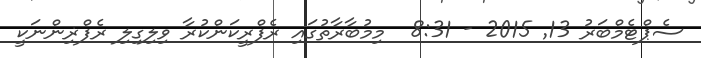
ސެޕްޓެމްބަރު 13